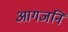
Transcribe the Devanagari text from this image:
आगजनि